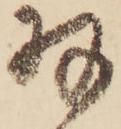
羽